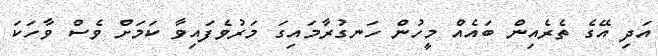
އަދި އޭގެ ތެރެއިން ބައެއް މީހުން ހަނގުރާމައިގަ މަރުވެފައިވާ ކަމަށް ވެސް ވާހަކަ